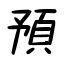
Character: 預